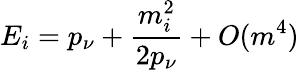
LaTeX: E_{i}=p_{\nu}+\frac{m_{i}^{2}}{2p_{\nu}}+O(m^{4})